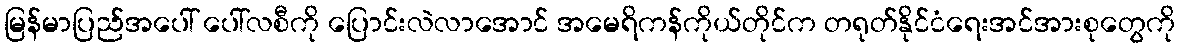
မြန်မာပြည်အပေါ် ပေါ်လစီကို ပြောင်းလဲလာအောင် အမေရိကန်ကိုယ်တိုင်က တရုတ်နိုင်ငံရေးအင်အားစုတွေကို